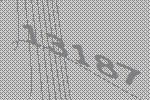
13187